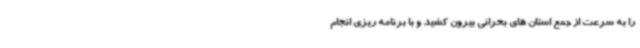
را به سرعت از جمع استان های بحرانی بیرون کشید و با برنامه ریزی انجام